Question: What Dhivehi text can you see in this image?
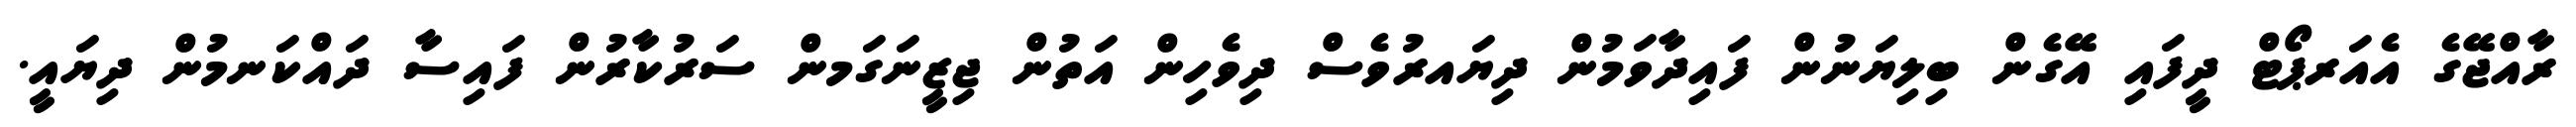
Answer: ރާއްޖޭގެ އެއަރޕޯޓް ދީފައި އޭގެން ބިލިޔަނުން ފައިދާވަމުން ދިޔައރުވެސް ދިވެހިން އަތުން ޖިޒީނަގަމން ސަރުކާރުން ފައިސާ ދައްކަނމުން ދިޔައީ.